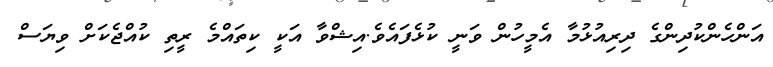
އަންހެންކުދިންގެ ދިރިއުޅުމާ އެމީހުން ވަނީ ކުޅެފައެވެ.އިޝްވާ އަކީ ކިތައްމެ ރީތި ކުއްޖެކަށް ވިޔަސް